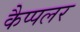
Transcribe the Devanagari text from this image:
कैप्पलर